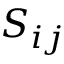
S _ { i j }